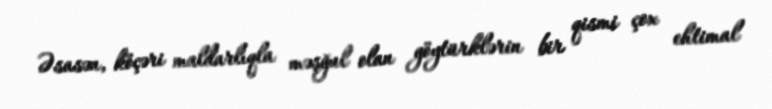
Əsasən, köçəri maldarlıqla məşğul olan göytürklərin bir qismi çox ehtimal